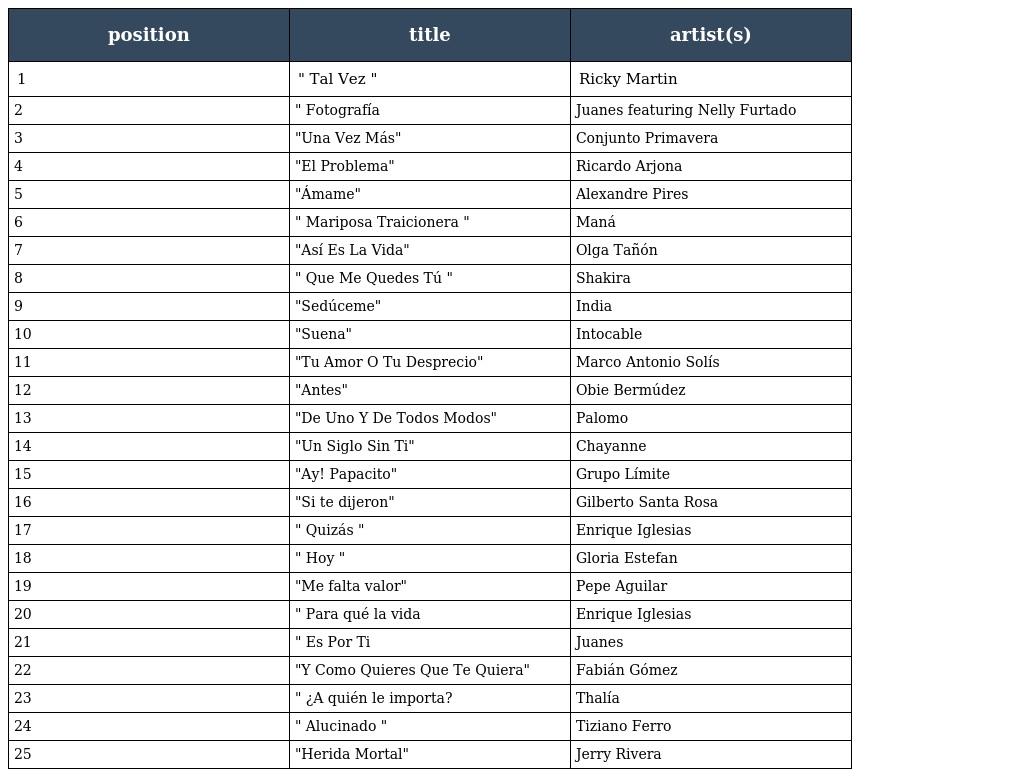
| position | title | artist(s) |
 | --- | --- | --- |
 | 1 | " Tal Vez " | Ricky Martin |
 | 2 | " Fotografía | Juanes featuring Nelly Furtado |
 | 3 | "Una Vez Más" | Conjunto Primavera |
 | 4 | "El Problema" | Ricardo Arjona |
 | 5 | "Ámame" | Alexandre Pires |
 | 6 | " Mariposa Traicionera " | Maná |
 | 7 | "Así Es La Vida" | Olga Tañón |
 | 8 | " Que Me Quedes Tú " | Shakira |
 | 9 | "Sedúceme" | India |
 | 10 | "Suena" | Intocable |
 | 11 | "Tu Amor O Tu Desprecio" | Marco Antonio Solís |
 | 12 | "Antes" | Obie Bermúdez |
 | 13 | "De Uno Y De Todos Modos" | Palomo |
 | 14 | "Un Siglo Sin Ti" | Chayanne |
 | 15 | "Ay! Papacito" | Grupo Límite |
 | 16 | "Si te dijeron" | Gilberto Santa Rosa |
 | 17 | " Quizás " | Enrique Iglesias |
 | 18 | " Hoy " | Gloria Estefan |
 | 19 | "Me falta valor" | Pepe Aguilar |
 | 20 | " Para qué la vida | Enrique Iglesias |
 | 21 | " Es Por Ti | Juanes |
 | 22 | "Y Como Quieres Que Te Quiera" | Fabián Gómez |
 | 23 | " ¿A quién le importa? | Thalía |
 | 24 | " Alucinado " | Tiziano Ferro |
 | 25 | "Herida Mortal" | Jerry Rivera |